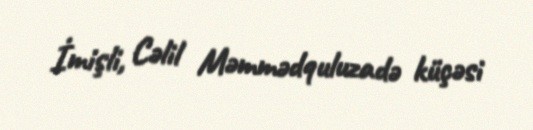
İmişli, Cəlil Məmmədquluzadə küçəsi